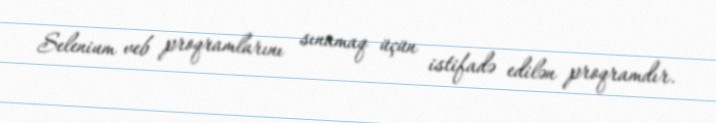
Selenium veb proqramlarını sınamaq üçün istifadə edilən proqramdır.